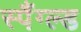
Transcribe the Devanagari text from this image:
स्पैंग्ल्ड